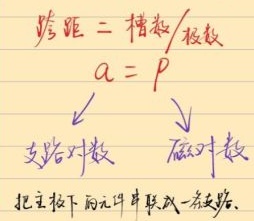
跨距 = 槽数/极数 \(a = p\) ，其中\(\swarrow\) 支路对数 ，\(\searrow\) 磁极对数。把主极下的元件串联成一条支路。